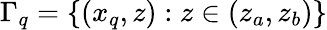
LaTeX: \Gamma_{q}=\lbrace(x_{q},z):z\in(z_{a},z_{b})\rbrace